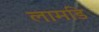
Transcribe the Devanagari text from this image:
लामडि